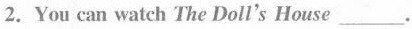
2.You can watch The Doll's House ___.